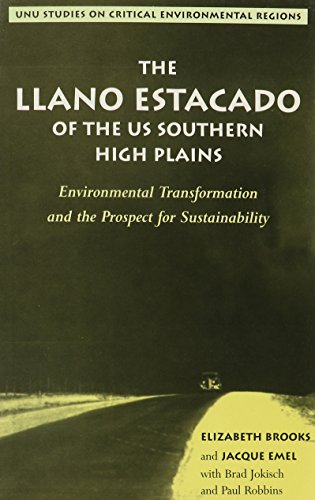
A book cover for The Llano Estacado of the U.S. Southern High Plains: Environmental Transformation and the Prospect for Sustainability (Unu Studies on Critical Environmental Regions); Elizabeth Brooks; Science & Math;